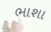
ભાશા